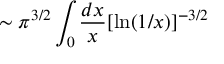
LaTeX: \sim \pi ^ { 3 / 2 } \int _ { 0 } { \frac { d x } { x } } [ \ln ( 1 / x ) ] ^ { - 3 / 2 }